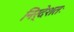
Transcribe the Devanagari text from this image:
निर्देशतः